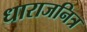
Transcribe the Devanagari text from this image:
धाराजनित्र